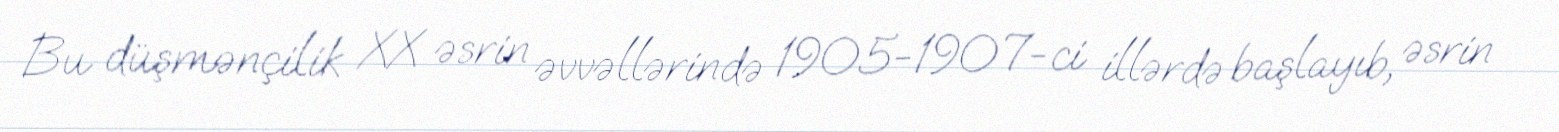
Bu düşmənçilik XX əsrin əvvəllərində 1905-1907-ci illərdə başlayıb, əsrin